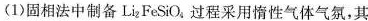
(1)固相法中制备Li_{2}FeSiO_{4}过程采用惰性气体气氛，其